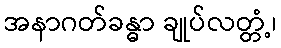
အနာဂတ်ခန္ဓာ ချုပ်လတ္တံ့၊